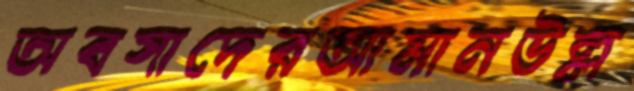
অবসাদেরআমানউল্ল